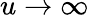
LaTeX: u\to\infty